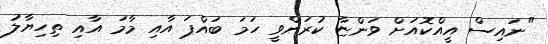
"ނައިސް އީއްކޮއަށް ވަންޏާ ކުރަންވީ ހަމަ ބައްޕަ އާއި މާމަ އާއި ތިހިޔާލު